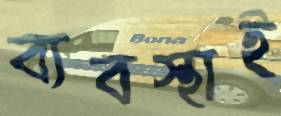
ব্যবস্থাই